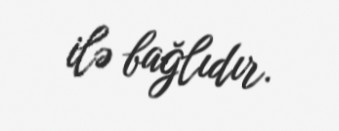
ilə bağlıdır.